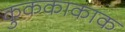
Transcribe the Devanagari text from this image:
कुककाकाक